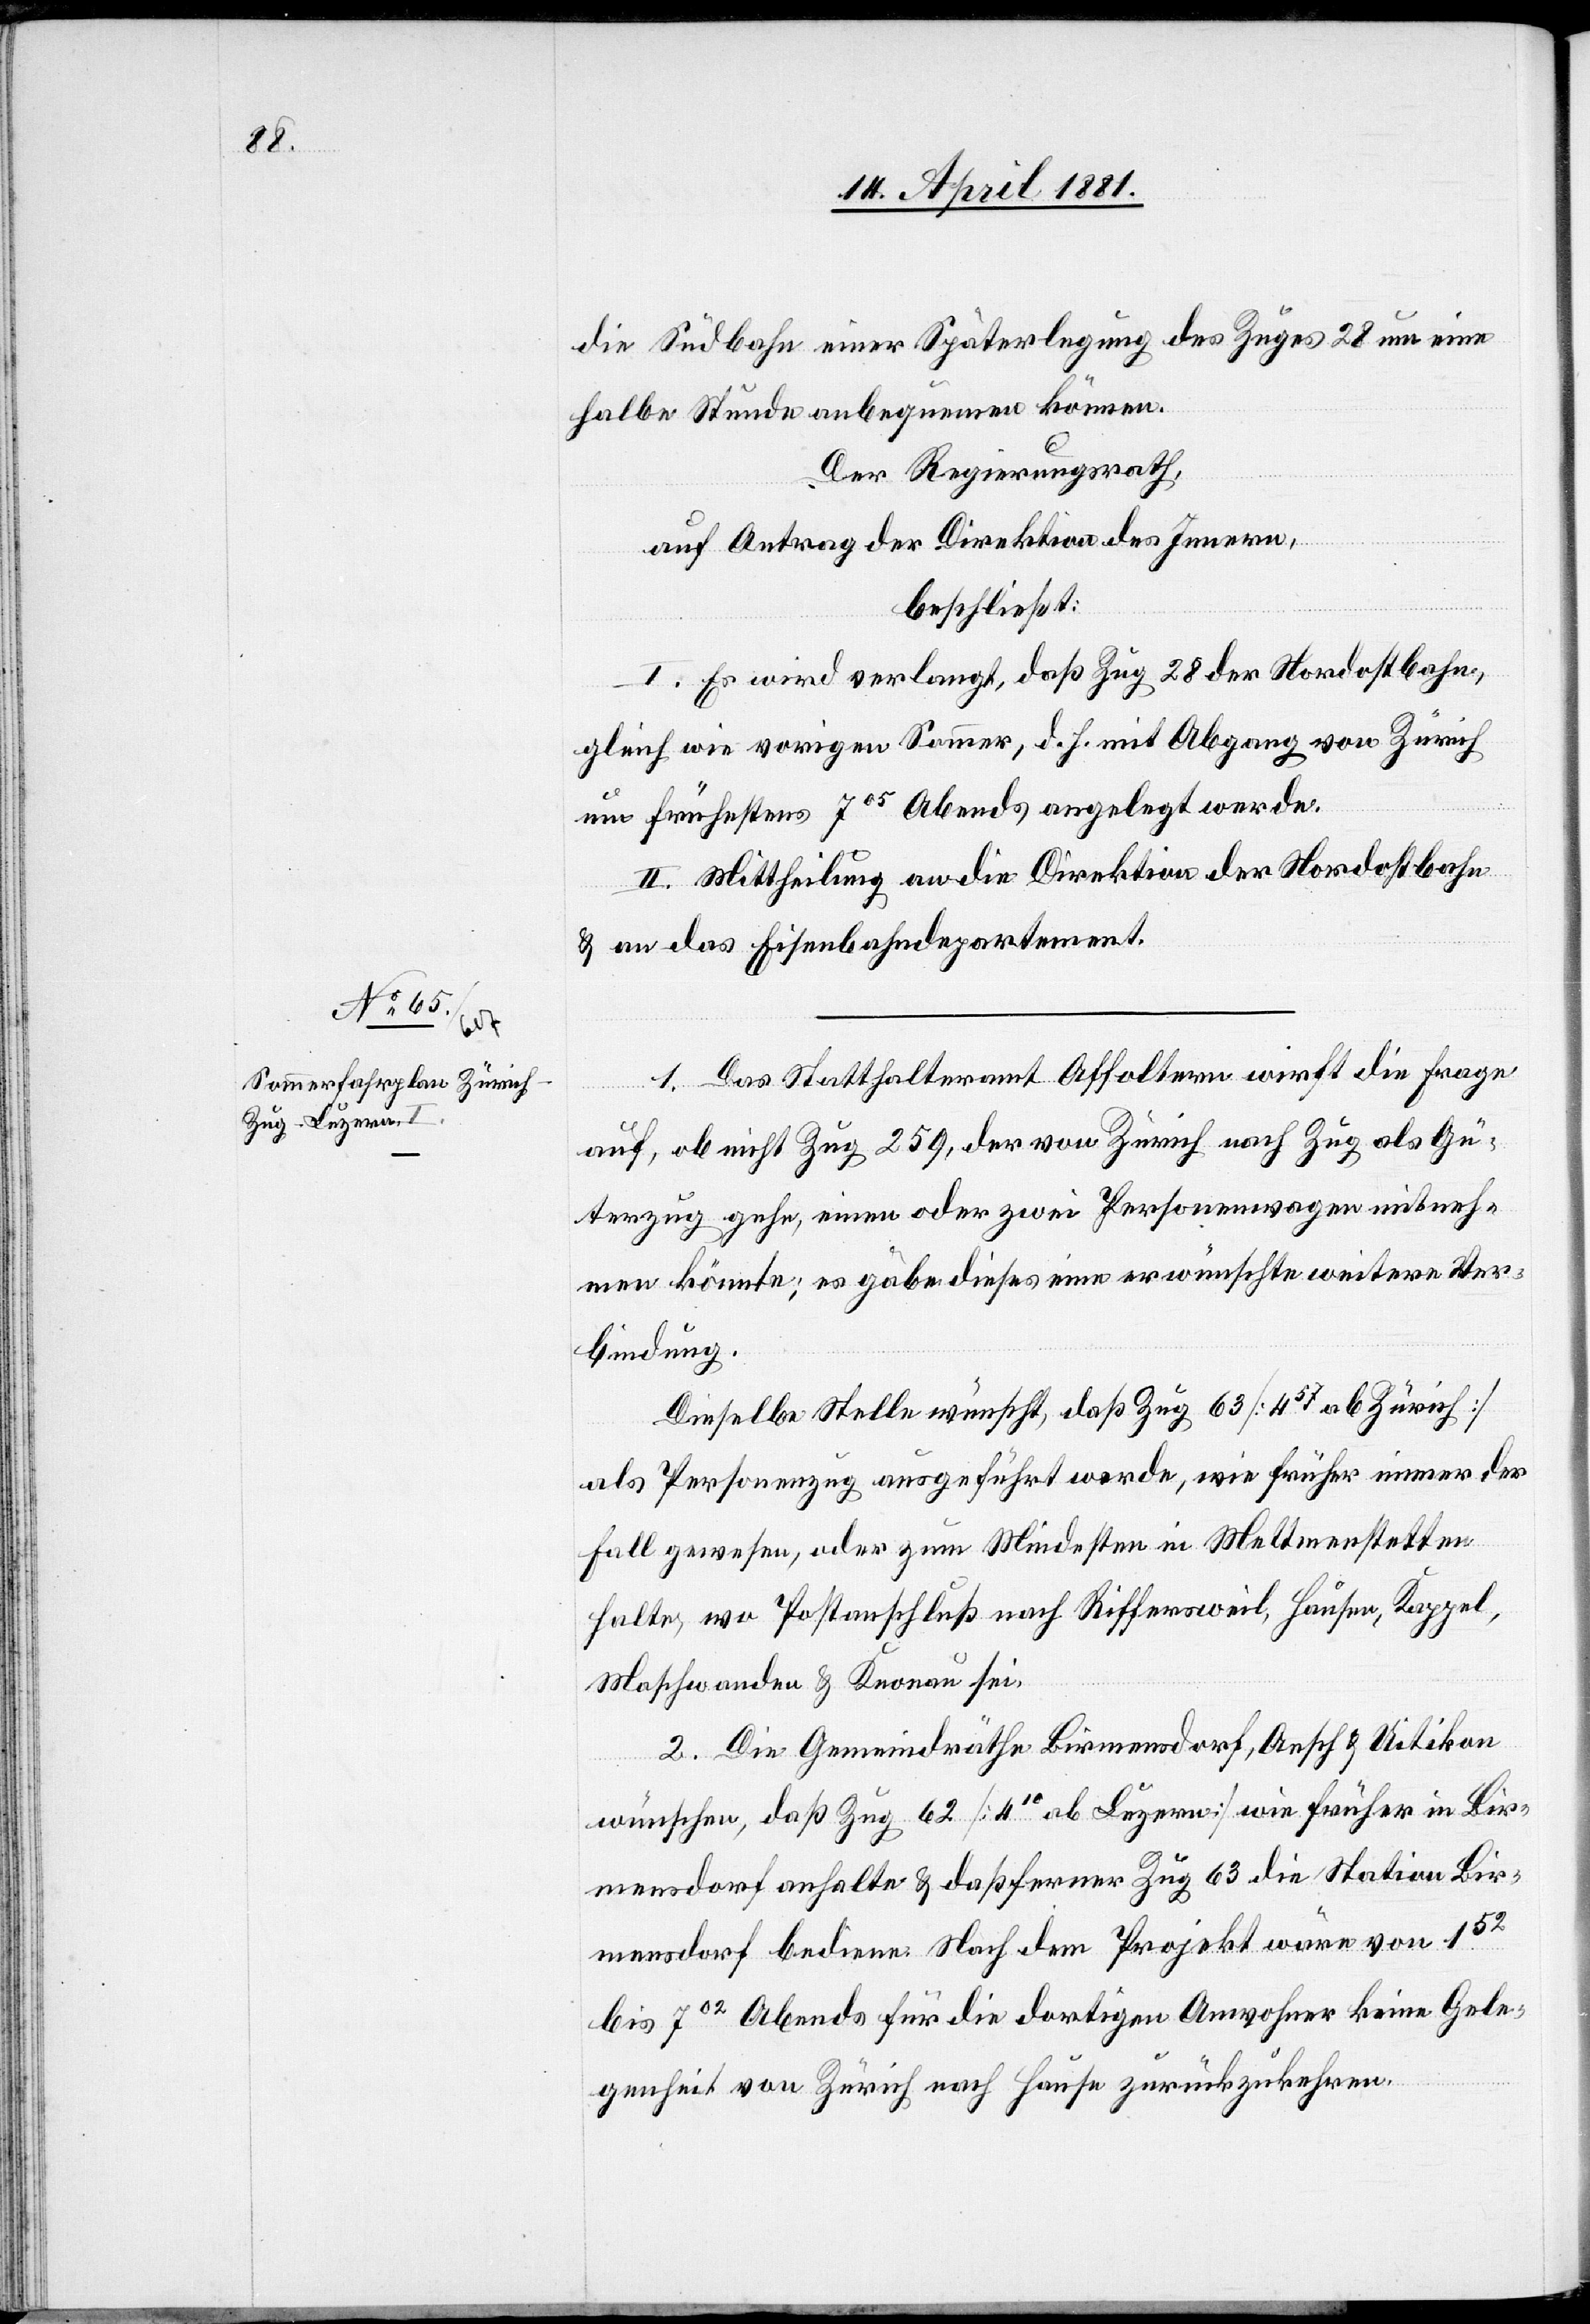
die Südbahn einer Späterlegung des Zuges 28 um eine
halbe Stunde anbequemen können.
Der Regierungsrath,
auf Antrag der Direktion des Innern,
beschließt:
I. Es wird verlangt, daß Zug 28 der Nordostbahn
gleich wie vorigen Sommer, d. h. mit Abgang von Zürich
um frühestens 705 Abends angelegt werde.
II. Mittheilung an die Direktion der Nordostbahn
& an das Eisenbahndepartement.
1. Das Statthalteramt Affoltern wirft die Frage
auf, ob nicht Zug 250, der von Zürich nach Zug als Gü¬
terzug gehe, einen oder zwei Personenwagen mitneh¬
men könnte; es gäbe dieses eine erwünschte weitere Ver¬
bindung.
Dieselbe Stelle wünscht, daß Zug 63 [457 ab Zürich]
als Personenzug ausgeführt werde, wie früher immer der
Fall gewesen, oder zum Mindesten in Mettmenstetten
halte, wo Postanschluß nach Riffersweil, Hausen, Kappel,
Maschwanden & Knonau sei.
2. Die Gemeindräthe Birmensdorf, Aesch & Uitikon
wünschen, daß Zug 62 [410 ab Luzern] wie früher in Bir¬
mensdorf anhalte & daß ferner Zug 63 die Station Bir¬
mensdorf bediene. Nach dem Projekt wäre von 152
bis 702 Abends für die dortigen Anwohner keine Gele¬
genheit von Zürich nach Hause zurückzukehren.